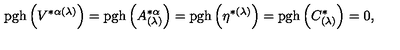
\mathrm { p g h } \left( V ^ { * \alpha ( \lambda ) } \right) = \mathrm { p g h } \left( A _ { ( \lambda ) } ^ { * \alpha } \right) = \mathrm { p g h } \left( \eta ^ { * ( \lambda ) } \right) = \mathrm { p g h } \left( C _ { ( \lambda ) } ^ { * } \right) = 0 ,